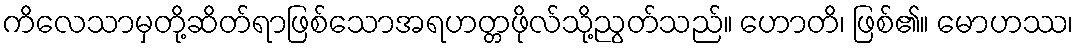
ကိလေသာမှတို့ဆိတ်ရာဖြစ်သောအရဟတ္တဖိုလ်သို့ညွတ်သည်။ ဟောတိ၊ ဖြစ်၏။ မောဟဿ၊